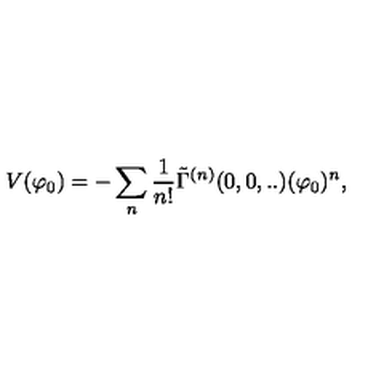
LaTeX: V ( \varphi _ { 0 } ) = - \sum _ { n } \frac { 1 } { n ! } \tilde { \Gamma } ^ { ( n ) } ( 0 , 0 , . . ) ( \varphi _ { 0 } ) ^ { n } ,